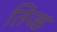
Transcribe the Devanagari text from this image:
तिज्ड